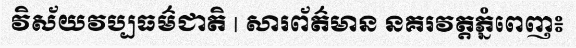
វិស័យវប្បធម៌ជាតិ | សារព័ត៌មាន នគរវត្តភ្នំពេញ៖